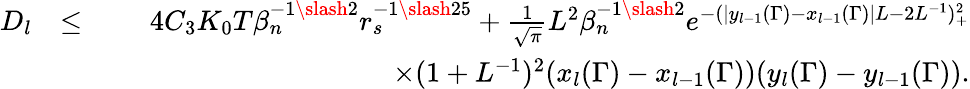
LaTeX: \begin{array}{rlr}{D_{l}}&{\leq}&{4C_{3}K_{0}T\beta_{n}^{-1\slash 2}r_{s}^{-1\slash 25}+\frac{1}{\sqrt{\pi}}L^{2}\beta_{n}^{-1\slash 2}e^{-(|y_{l-1}(\Gamma)-x_{l-1}(\Gamma)|L-2L^{-1})_{+}^{2}}}\\ &{}&{\quad\quad\quad\quad\quad\quad\quad\quad\quad\quad\times(1+L^{-1})^{2}(x_{l}(\Gamma)-x_{l-1}(\Gamma))(y_{l}(\Gamma)-y_{l-1}(\Gamma)).}\end{array}